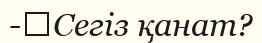
-	Сегіз қанат?